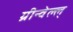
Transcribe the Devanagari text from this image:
ग्रीन्वेल्ल्